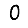
Digit: 0